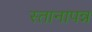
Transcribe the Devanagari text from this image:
स्तानापन्न